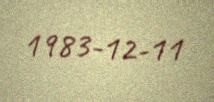
1983-12-11